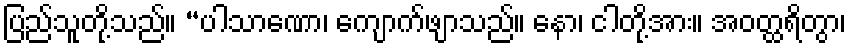
ပြည်သူတို့သည်။ “ပါသာဏော၊ ကျောက်ဖျာသည်။ နော၊ ငါတို့အား။ အဝတ္ထရိတွာ၊